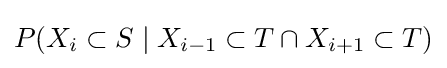
P(X_{i}\subset S\mid X_{i-1}\subset T\cap X_{i+1}\subset T)